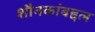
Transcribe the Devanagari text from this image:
शौनकांबद्दल